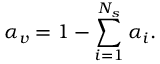
\alpha _ { v } = 1 - \sum _ { i = 1 } ^ { N _ { s } } \alpha _ { i } .